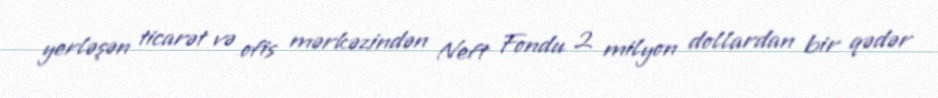
yerləşən ticarət və ofis mərkəzindən Neft Fondu 2 milyon dollardan bir qədər